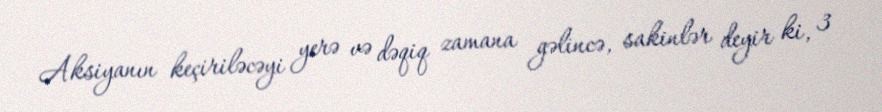
Aksiyanın keçiriləcəyi yerə və dəqiq zamana gəlincə, sakinlər deyir ki, 3